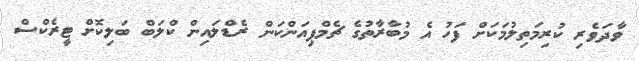
ވާދަވެރި ކުރިމަތިލުމަކަށް ފަހު އެ މުބާރާތުގެ ޗެމްޕިއަންކަން ރެޑްލައިން ކްލަބް ބަލިކޮށް ޓީރެކްސް